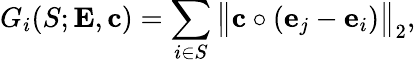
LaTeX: G_{i}(S;{\mathbf{E}},{\mathbf{c}})=\sum_{i\in{S}}\big\| {\mathbf{c}}\circ({\mathbf{e}}_{j}-{\mathbf{e}}_{i})\big\| _{2},